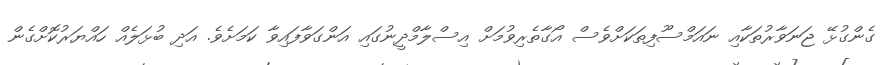
ގެންގުޅޭ ޖަނަވާރުތަކާއި ނައަމްސޫފިތަކަށްވެސް އޯގާތެރިވުމަށް އިސްލާމްދީނުގައި އަންގަވާފައިވާ ކަމަށެވެ. އަދި ބުޅަލެއް ހައްޔަރުކޮށްގެން